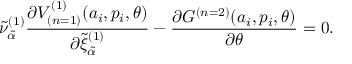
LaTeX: { \tilde { \nu } } _ { \tilde { \alpha } } ^ { ( 1 ) } \frac { \partial V _ { ( n = 1 ) } ^ { ( 1 ) } ( a _ { i } , p _ { i } , \theta ) } { \partial { \tilde { \xi } } _ { \tilde { \alpha } } ^ { ( 1 ) } } - \frac { \partial { \cal G } ^ { ( n = 2 ) } ( a _ { i } , p _ { i } , \theta ) } { \partial \theta } = 0 .